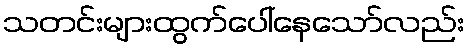
သတင်းများထွက်ပေါ်နေသော်လည်း